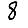
Digit: 8